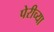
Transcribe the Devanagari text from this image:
पेरीच्या